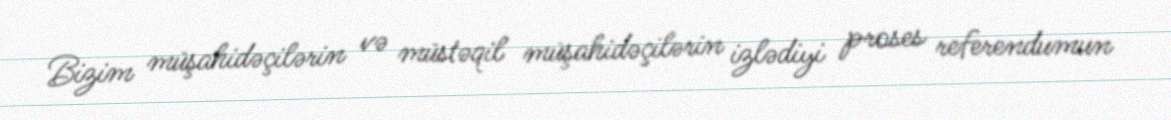
Bizim müşahidəçilərin və müstəqil müşahidəçilərin izlədiyi proses referendumun